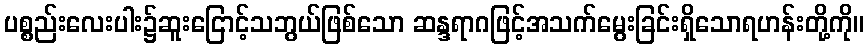
ပစ္စည်းလေးပါး၌ဆူးငြောင့်သဘွယ်ဖြစ်သော ဆန္ဒရာဂဖြင့်အသက်မွေးခြင်းရှိသောရဟန်းတို့ကို။